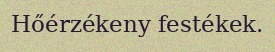
Hőérzékeny festékek.